Leaving Certificate Examination, 1906
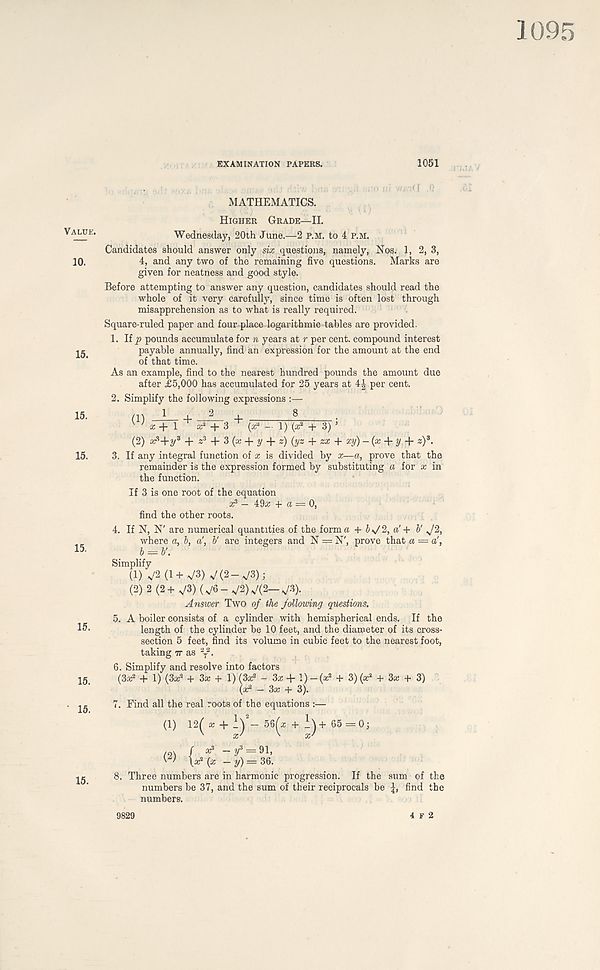
1095
Value.
10.
15.
15.
15.
15.
15.
15.
' 15.
15.
EXAMINATION PAPERS.
MATHEMATICS.
Higher Grade—II.
Wednesday, 20th June.—2 p.m. to 4 p.m.
Candidates should answer only six questions, namely, Nos. 1, 2, 3,
4, and any two of the remaining five questions. Marks are
given for neatness and good style.
Before attempting to answer any question, candidates should read the
whole of it very carefully, since time is often lost through
misapprehension as to what is really required.
Square-ruled paper and four place logarithmic tables are provided.
\ip pounds accumulate for n years at r per cent, compound interest
payable annually, find an expression for the amount at the end
of that time.
As an example, find to the nearest hundred pounds the amount due
after £5,000 has accumulated for 25 years at 4| per cent.
2. Simplify the following expressions :—
(1) _J -f +
8
•
K ' x + l x 1 + 3^ (x* - 1) (a: 2 + 3) ’
(2) a?Hy 3 + z 3 + 3(x + y + z) (yz + zx + xy)-(x + y + z) 3 .
3. If any integral function of x is divided by x—a, prove that the
remainder is the expression formed by substituting a for x in
the function.
If 3 is one root of the equation
3? — 49a; + a = 0,
find the other roots.
4. If N, N' are numerical quantities of the form a + b*J2, a' + b' J2,
where a, b, a\ b' are integers and N = N', prove that a a',
b==b'.
Simplify
(1) ^2 (1+V3) V(2-V3);
(2)
2(2+V3)(n/6-V2)V(2-V3).
Answer Two of the following questions.
5. A boiler consists of a cylinder with hemispherical ends. If the
length of the cylinder be 10 feet, and the diameter of its cross-
section 5 feet, find its volume in cubic feet to the nearest foot,
taking tt as \ 2 .
6. Simplify and resolve into factors
(3a; 2 + 1) (3a; 2 + 3a: + 1) (3a? - 3a; + l)-(a: 2 + 3)(a; 2 + 3a: + 3)
(a? - 3a; + 3).
7. Find all the real roots of the equations :—
(1) 12( a; + l) 2 - 56(a; + I)+ 65 = 0;
. | a? -y 3 = 91,
W \a: 2 (a; - y) = 36.
8. Three numbers are in harmonic progression. If the sum of the
numbers be 37, and the sum of their reciprocals be find the
numbers.
1051
id . G
4 F 2